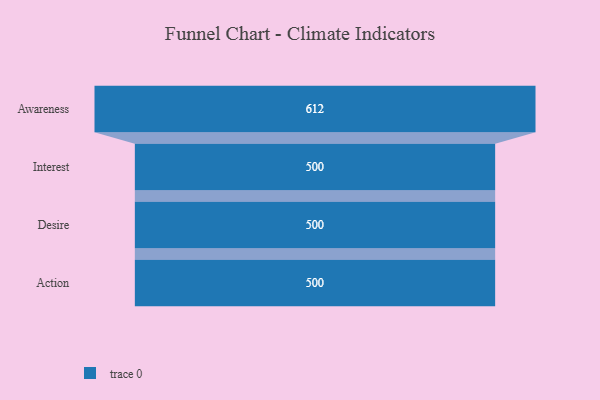
{"axis": {"x": "Stage", "y": "Value"}, "legend": [""], "data": [{"x": "Awareness", "y": 612.0, "type": ""}, {"x": "Interest", "y": 500, "type": ""}, {"x": "Desire", "y": 500, "type": ""}, {"x": "Action", "y": 500, "type": ""}]}